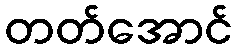
တတ်အောင်